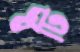
ধটি